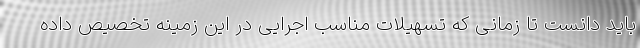
باید دانست تا زمانی که تسهیلات مناسب اجرایی در این زمینه تخصیص داده